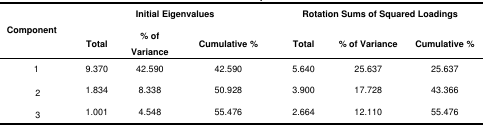
<table><thead><tr><td rowspan="2"><b>Component</b></td><td colspan="3"><b>Initial Eigenvalues</b></td><td colspan="3"><b>Rotation Sums of Squared Loadings</b></td></tr><tr><td><b>Total</b></td><td><b>% of Variance</b></td><td><b>Cumulative %</b></td><td><b>Total</b></td><td><b>% of Variance</b></td><td><b>Cumulative %</b></td></tr></thead><tbody><tr><td>1</td><td>9.370</td><td>42.590</td><td>42.590</td><td>5.640</td><td>25.637</td><td>25.637</td></tr><tr><td>2</td><td>1.834</td><td>8.338</td><td>50.928</td><td>3.900</td><td>17.728</td><td>43.366</td></tr><tr><td>3</td><td>1.001</td><td>4.548</td><td>55.476</td><td>2.664</td><td>12.110</td><td>55.476</td></tr></tbody></table>